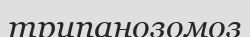
трипанозомоз